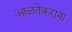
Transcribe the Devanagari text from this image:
आळतेकरांना